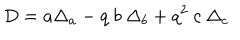
D = a \Delta _ { a } - q \ b \ \Delta _ { b } + q ^ { 2 } \ c \ \Delta _ { c }